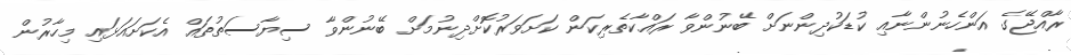
ރާއްޖޭގެ އަންހެނުންނާއި ކުޑަކުދިންނަށް ބޭނުންވާ ރައްކާތެރިކަން ކަށަވަރުކޮށްދިނުމަށް ބޭނުންވާ ސިޔާސަތުތައް އެކަށައަޅައި މިހާރުން